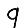
Digit: 9